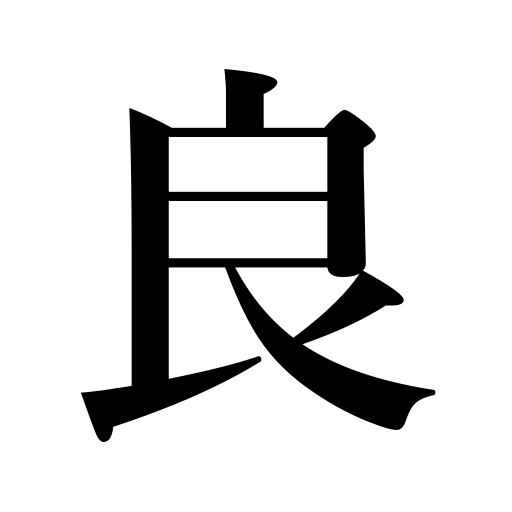
Meanings: well,beautiful,justifiable,desirous,satisfactory,appropriate,lucky,better,all right,right,unnecessary,fine,pleasing,efficacious,easy,noble,precious,friendly,no objection,lovely,good-natured,good,intimate,suitable